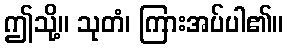
ဤသို့။ သုတံ၊ ကြားအပ်ပါ၏။